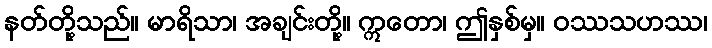
နတ်တို့သည်။ မာရိသာ၊ အချင်းတို့။ ဣတော၊ ဤနှစ်မှ။ ဝဿသဟဿ၊